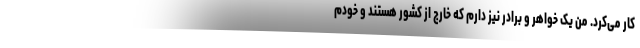
کار می‌کرد. من یک خواهر و برادر نیز دارم که خارج از کشور هستند و خودم